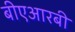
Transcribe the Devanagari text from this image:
बीएआरबी